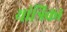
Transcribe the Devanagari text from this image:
यांत्रिक।